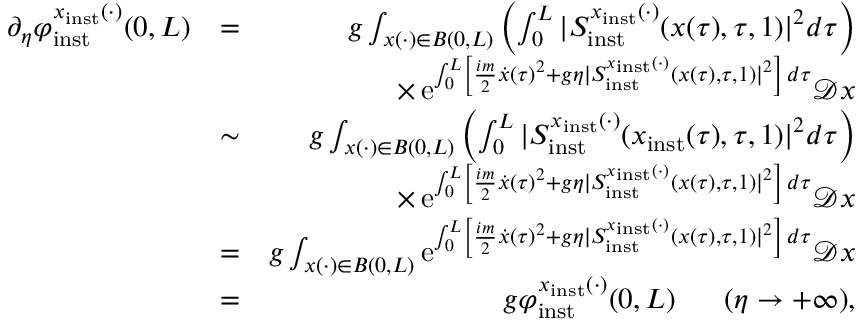
\begin{array} { r l r } { \partial _ { \eta } \varphi _ { \mathrm { i n s t } } ^ { x _ { \mathrm { i n s t } } ( \cdot ) } ( 0 , L ) } & { = } & { g \int _ { x ( \cdot ) \in B ( 0 , L ) } \left( \int _ { 0 } ^ { L } \vert S _ { \mathrm { i n s t } } ^ { x _ { \mathrm { i n s t } } ( \cdot ) } ( x ( \tau ) , \tau , 1 ) \vert ^ { 2 } d \tau \right) } \\ & { } & { \times \, \mathrm { e } ^ { \int _ { 0 } ^ { L } \left\lbrack \frac { i m } { 2 } \dot { x } ( \tau ) ^ { 2 } + g \eta \vert S _ { \mathrm { i n s t } } ^ { x _ { \mathrm { i n s t } } ( \cdot ) } ( x ( \tau ) , \tau , 1 ) \vert ^ { 2 } \right\rbrack \, d \tau } \mathscr { D } x } \\ & { \sim } & { g \int _ { x ( \cdot ) \in B ( 0 , L ) } \left( \int _ { 0 } ^ { L } \vert S _ { \mathrm { i n s t } } ^ { x _ { \mathrm { i n s t } } ( \cdot ) } ( x _ { \mathrm { i n s t } } ( \tau ) , \tau , 1 ) \vert ^ { 2 } d \tau \right) } \\ & { } & { \times \, \mathrm { e } ^ { \int _ { 0 } ^ { L } \left\lbrack \frac { i m } { 2 } \dot { x } ( \tau ) ^ { 2 } + g \eta \vert S _ { \mathrm { i n s t } } ^ { x _ { \mathrm { i n s t } } ( \cdot ) } ( x ( \tau ) , \tau , 1 ) \vert ^ { 2 } \right\rbrack \, d \tau } \mathscr { D } x } \\ & { = } & { g \int _ { x ( \cdot ) \in B ( 0 , L ) } \mathrm { e } ^ { \int _ { 0 } ^ { L } \left\lbrack \frac { i m } { 2 } \dot { x } ( \tau ) ^ { 2 } + g \eta \vert S _ { \mathrm { i n s t } } ^ { x _ { \mathrm { i n s t } } ( \cdot ) } ( x ( \tau ) , \tau , 1 ) \vert ^ { 2 } \right\rbrack \, d \tau } \mathscr { D } x } \\ & { = } & { g \varphi _ { \mathrm { i n s t } } ^ { x _ { \mathrm { i n s t } } ( \cdot ) } ( 0 , L ) \ \ \ \ \ ( \eta \to + \infty ) , } \end{array}